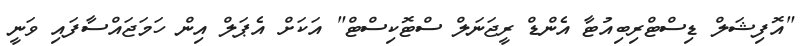
"އޮފިޝަލް ޑިސްޓްރިބިއުޓާ އެންޑް ރީޖަނަލް ސްޓޮކިސްޓް" އަކަށް އެޕަލް އިން ހަމަޖައްސާފައި ވަނީ